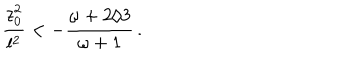
LaTeX: { \frac { z _ { 0 } ^ { 2 } } { l ^ { 2 } } } < - { \frac { \omega + 2 / 3 } { \omega + 1 } } \, .